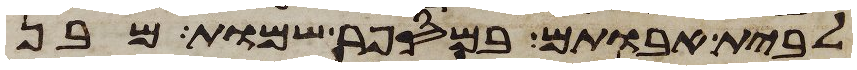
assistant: לבית אבותם במספר שמות מבן